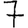
Digit: 7